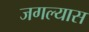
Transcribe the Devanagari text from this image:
जगल्यास